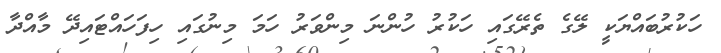
ހަކުރުބައްޔަކީ ލޭގެ ތެރޭގައި ހަކުރު ހުންނަ މިންވަރު ހަމަ މިނުގައި ހިފަހައްޓައިދޭ މާއްދާ